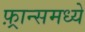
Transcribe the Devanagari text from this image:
फ़्रान्समध्ये